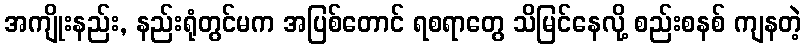
အကျိုးနည်း, နည်းရုံတွင်မက အပြစ်တောင် ရစရာတွေ သိမြင်နေလို့ စည်းစနစ် ကျနတဲ့